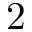
2